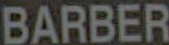
BARBER